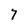
Character: 7